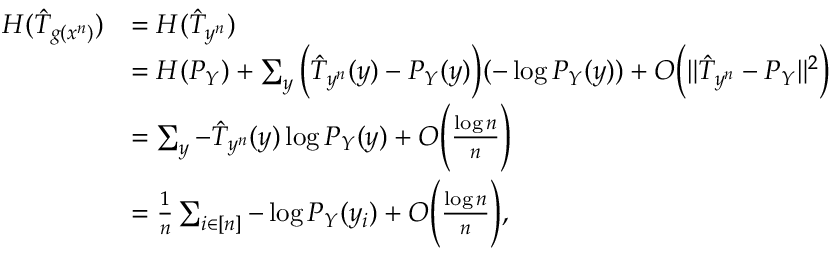
\begin{array} { r l } { H ( \hat { T } _ { g ( x ^ { n } ) } ) } & { = H ( \hat { T } _ { y ^ { n } } ) } \\ & { = H ( P _ { Y } ) + \sum _ { y } \Big ( \hat { T } _ { y ^ { n } } ( y ) - P _ { Y } ( y ) \Big ) ( - \log P _ { Y } ( y ) ) + O \Big ( \| \hat { T } _ { y ^ { n } } - P _ { Y } \| ^ { 2 } \Big ) } \\ & { = \sum _ { y } - \hat { T } _ { y ^ { n } } ( y ) \log P _ { Y } ( y ) + O \Bigg ( \frac { \log n } { n } \Bigg ) } \\ & { = \frac { 1 } { n } \sum _ { i \in [ n ] } - \log P _ { Y } ( y _ { i } ) + O \Bigg ( \frac { \log n } { n } \Bigg ) , } \end{array}